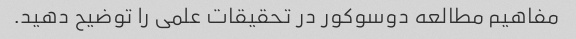
مفاهیم مطالعه دوسوکور در تحقیقات علمی را توضیح دهید.